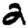
Digit: 2